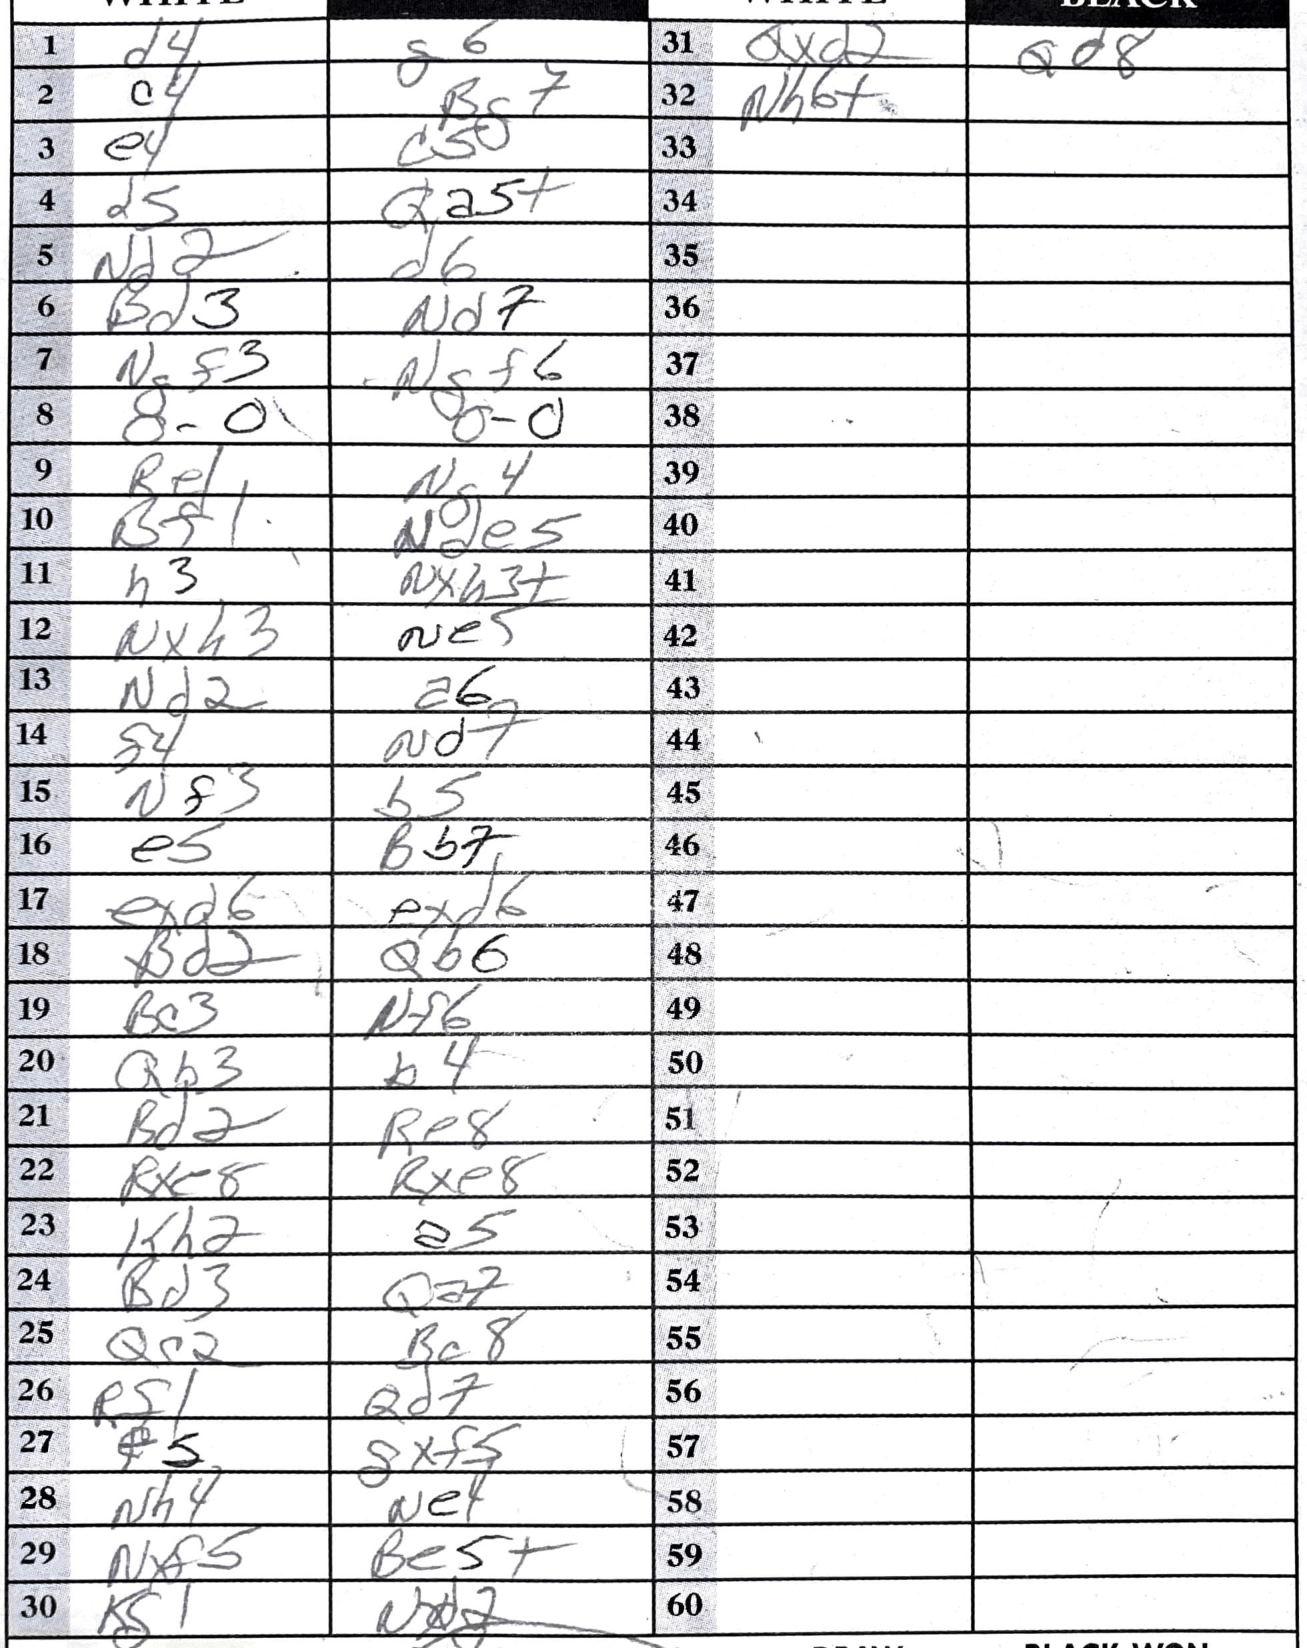
Moves: d4 g6 c4 Bc7 e4 c5 d5 Qa5+ Nd2 d6 Bd3 Nd7 Ngf3 Ngf6 O-O O-O Re1 Nc4 Bf1 Nde5 h3 Nxb3+ Nxh3 Ne5 Nd2 a6 d4 Nd7 Nf3 b5 e5 Bb7 exd6 exd6 Bd2 Qb6 Bc3 Nf6 Qb3 b4 Bd2 Re8 Rxe8 Rxe8 Kh2 a5 Bd3 Qa7 Qc2 Bc8 Rf1 Qd7 e5 dxf5 Nh4 Ne4 Nxf5 Be5+ Kd1 Qxd2 Qd8 Nh6+